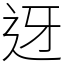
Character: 迓